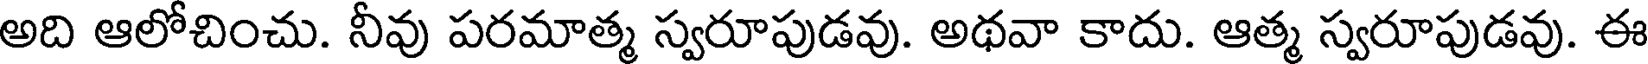
అది ఆలోచించు. నీవు పరమాత్మ స్వరూపుడవు. అథవా కాదు. ఆత్మ స్వరూపుడవు. ఈ